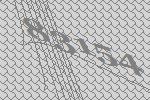
83154